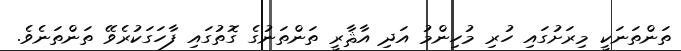
ތަންތަނަކީ މިރަށުގައި ހުރި މުހިންމު އަދި އާޘާރީ ތަންތަނުގެ ގޮތުގައި ފާހަގަކުރެވޭ ތަންތަނެވެ.